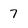
Character: 7